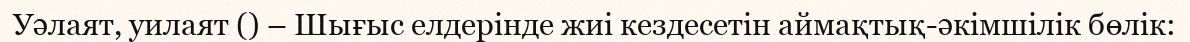
Уәлаят, уилаят () – Шығыс елдерінде жиі кездесетін аймақтық-әкімшілік бөлік: